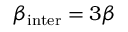
\beta _ { \mathrm { { i n t e r } } } = 3 \beta